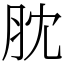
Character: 䏙